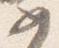
如